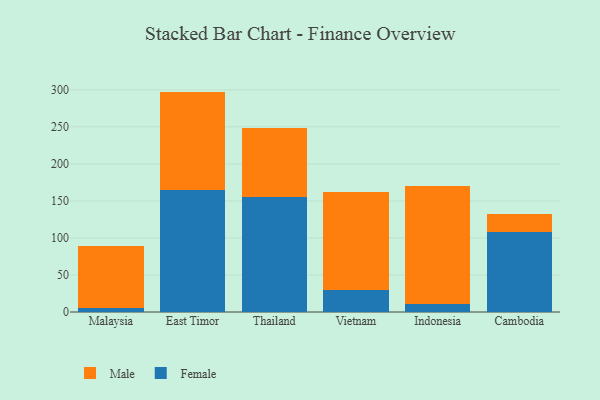
{"axis": {"x": "Country", "y": "Population (Million)"}, "legend": ["Female", "Male"], "data": [{"x": "Malaysia", "y": 5.4, "type": "Female"}, {"x": "Malaysia", "y": 83.4, "type": "Male"}, {"x": "East Timor", "y": 164.8, "type": "Female"}, {"x": "East Timor", "y": 132.8, "type": "Male"}, {"x": "Thailand", "y": 155.4, "type": "Female"}, {"x": "Thailand", "y": 93.5, "type": "Male"}, {"x": "Vietnam", "y": 29.4, "type": "Female"}, {"x": "Vietnam", "y": 132.7, "type": "Male"}, {"x": "Indonesia", "y": 10.6, "type": "Female"}, {"x": "Indonesia", "y": 159.0, "type": "Male"}, {"x": "Cambodia", "y": 107.9, "type": "Female"}, {"x": "Cambodia", "y": 24.1, "type": "Male"}]}